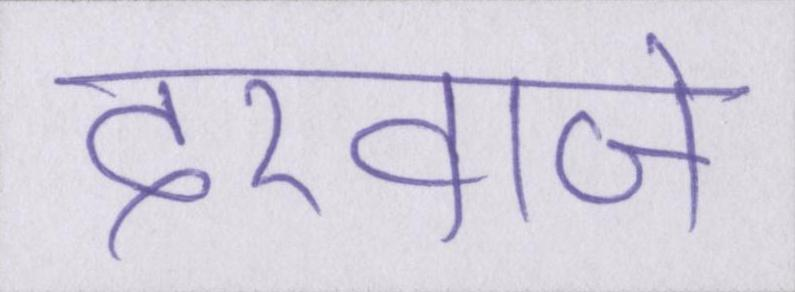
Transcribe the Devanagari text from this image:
दरवाजे